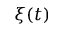
\xi ( t )